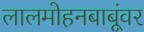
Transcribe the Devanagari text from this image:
लालमोहनबाबूंवर